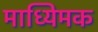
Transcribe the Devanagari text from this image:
माध्यिमक